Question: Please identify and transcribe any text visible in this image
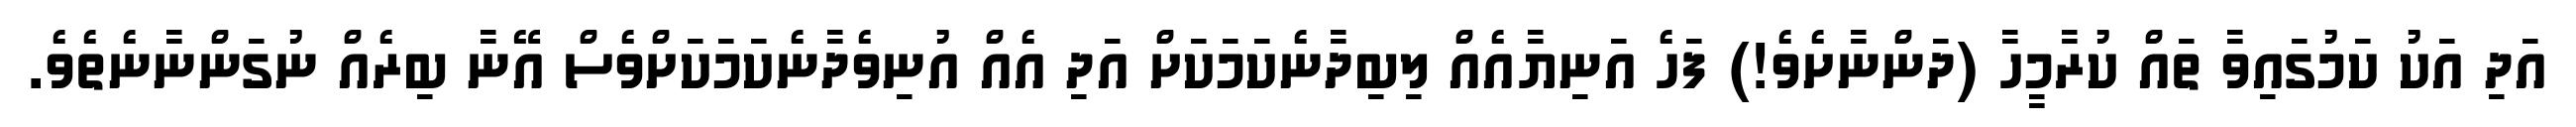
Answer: އަދި އަކު ކަމުގައިވާ ތައް ކުރާމީހާ (ދަންނާށެވެ!) ފަހެ އަނިޔާއެއް ލިބިދާނެކަމަކަށް އަދި އެއް އުނިވެދާނެކަމަކަށްވެސް އޭނާ ބިރެއް ނުގަންނާނެތެވެ.